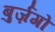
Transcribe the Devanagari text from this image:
बुर्ज़गो